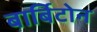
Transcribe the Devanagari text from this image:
बार्बिटोन